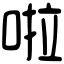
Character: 啦